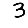
Digit: 3